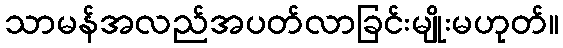
သာမန်အလည်အပတ်လာခြင်းမျိုးမဟုတ်။